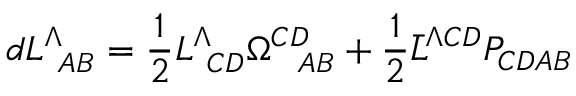
d L _ { \ A B } ^ { \Lambda } = { \frac { 1 } { 2 } } L _ { \ C D } ^ { \Lambda } \Omega _ { \ \ A B } ^ { C D } + { \frac { 1 } { 2 } } \bar { L } ^ { \Lambda C D } P _ { C D A B }